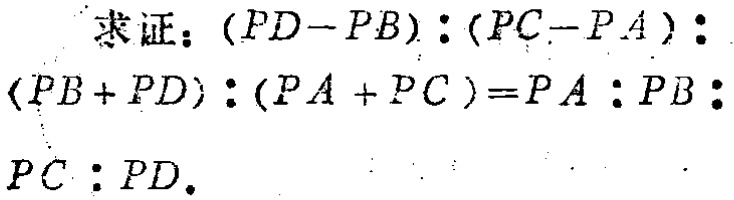
求证：\((PD - PB):(PC - PA):(PB + PD):(PA + PC)=PA:PB:PC:PD\)。